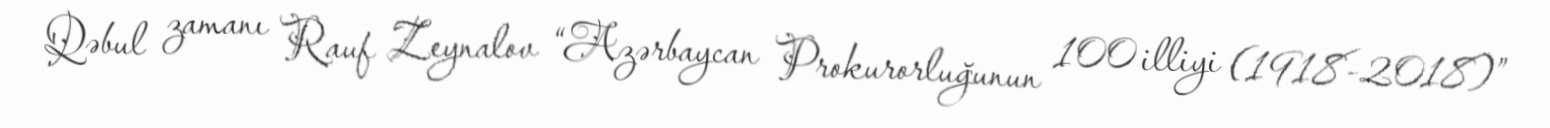
Qəbul zamanı Rauf Zeynalov “Azərbaycan Prokurorluğunun 100 illiyi (1918-2018)”